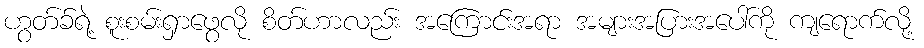
ဟွတ်ခ်ရဲ့ စူးစမ်းရှာဖွေလို စိတ်ဟာလည်း အကြောင်းအရာ အများအပြားအပေါ်ကို ကျရောက်လို့